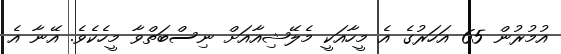
އުމުރުން 65 އަހަރުގެ އެ މީހާއަކީ މެލޭޝިއާއަށް ނިސްބަތްވާ މީހެކެވެ. އޭނާ އެ